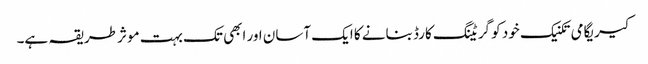
کیریگامی تکنیک خود کو گریٹنگ کارڈ بنانے کا ایک آسان اور ابھی تک بہت موثر طریقہ ہے۔